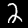
Label: 2